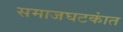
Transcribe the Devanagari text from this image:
समाजघटकांत